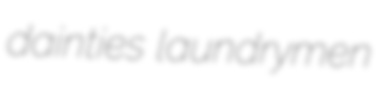
dainties laundrymen